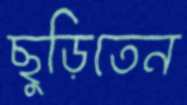
ছুড়িতেন